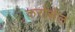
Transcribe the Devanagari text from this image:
करोसेल